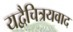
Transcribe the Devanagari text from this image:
यद्वैचित्रयवाद